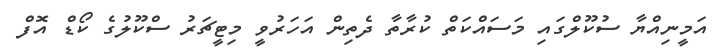
އަމީނިއްޔާ ސުކޫލްގައި މަސައްކަތް ކުރާތާ ދެތިން އަހަރުވީ މިޓީޗަރު ސްކޫލުގެ ކޯޑް އޮފް